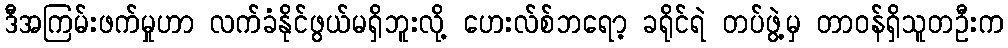
ဒီအကြမ်းဖက်မှုဟာ လက်ခံနိုင်ဖွယ်မရှိဘူးလို့ ဟေးလ်စ်ဘရော့ ခရိုင်ရဲ တပ်ဖွဲ့မှ တာဝန်ရှိသူတဦးက